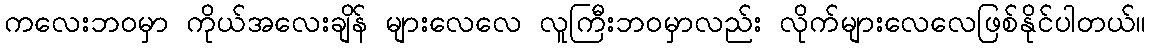
ကလေးဘဝမှာ ကိုယ်အလေးချိန် များလေလေ လူကြီးဘဝမှာလည်း လိုက်များလေလေဖြစ်နိုင်ပါတယ်။